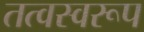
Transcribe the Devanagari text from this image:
तत्वस्वरूप